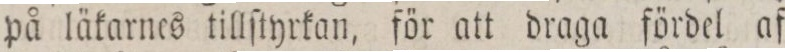
på läkarnes tillſtyrkan, för att draga fördel af